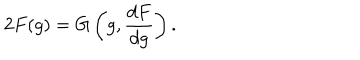
2 F ( g ) = G \left( g , \frac { d F } { d g } \right) .